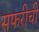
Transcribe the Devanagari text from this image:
सफरीची